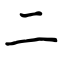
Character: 二